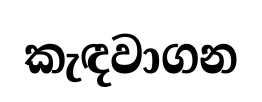
කැඳවාගන